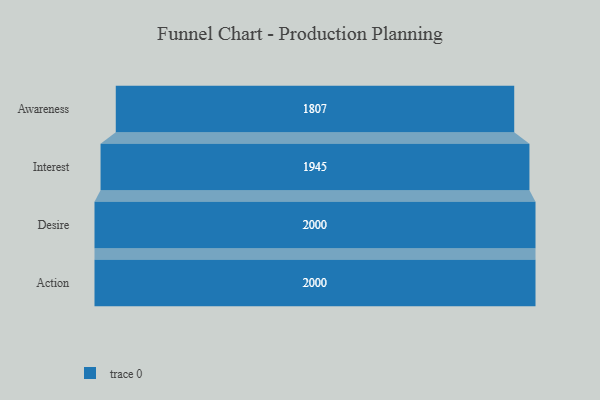
{"axis": {"x": "Stage", "y": "Value"}, "legend": [""], "data": [{"x": "Awareness", "y": 1807.0, "type": ""}, {"x": "Interest", "y": 1945.0, "type": ""}, {"x": "Desire", "y": 2000, "type": ""}, {"x": "Action", "y": 2000, "type": ""}]}